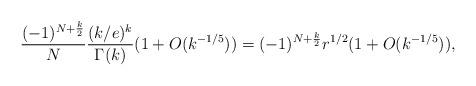
LaTeX: \begin{align*} \frac{(-1)^{N+\frac{k}{2}}}{N} \frac{(k/e)^k}{\Gamma(k)} (1 + O(k^{-1/5})) = (-1)^{N+\frac{k}{2}} r^{1/2} (1 + O(k^{-1/5})),\end{align*}